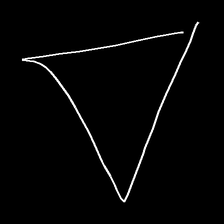
Glyph: convergence